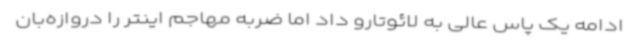
ادامه یک پاس عالی به لائوتارو داد اما ضربه مهاجم اینتر را دروازه‌بان